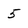
Character: 5